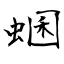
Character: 蜠